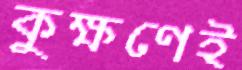
কুক্ষণেই